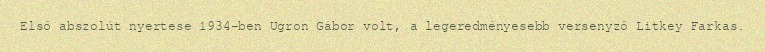
Első abszolút nyertese 1934-ben Ugron Gábor volt, a legeredményesebb versenyző Litkey Farkas.